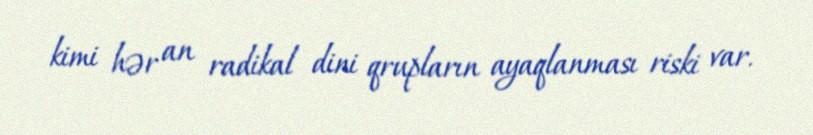
kimi hər an radikal dini qrupların ayaqlanması riski var.